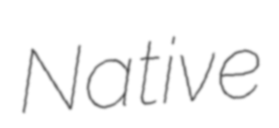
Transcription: Native